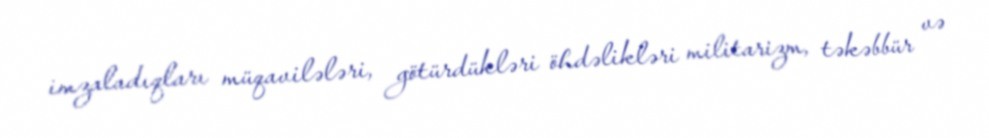
imzaladıqları müqavilələri, götürdükləri öhdəlikləri militarizm, təkəbbür və